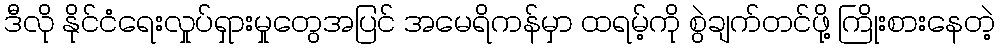
ဒီလို နိုင်ငံရေးလှုပ်ရှားမှုတွေအပြင် အမေရိကန်မှာ ထရမ့်ကို စွဲချက်တင်ဖို့ ကြိုးစားနေတဲ့